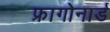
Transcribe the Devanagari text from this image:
फ्रागोनार्ड